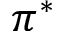
\pi ^ { * }